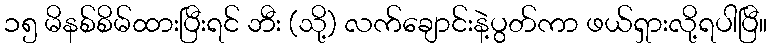
၁၅ မိနစ်စိမ်ထားပြီးရင် ဘီး (သို့) လက်ချောင်းနဲ့ပွတ်ကာ ဖယ်ရှားလို့ရပါပြီ။